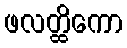
ဖလတ္ထိကော